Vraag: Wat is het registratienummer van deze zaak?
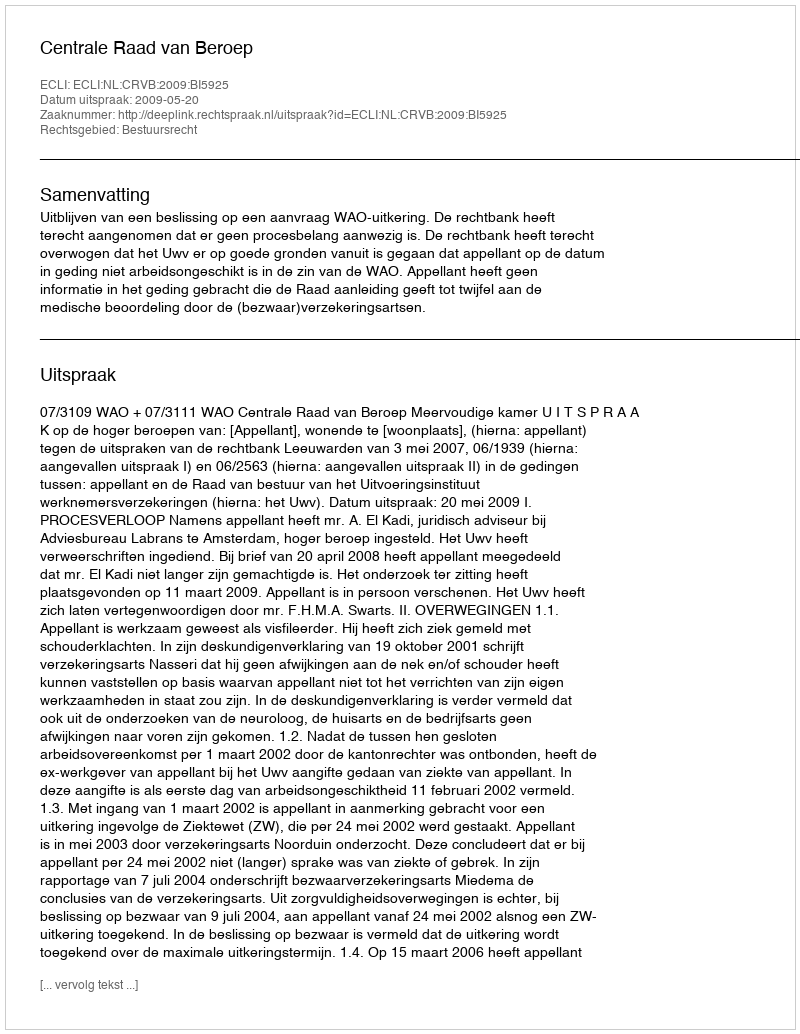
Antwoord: http://deeplink.rechtspraak.nl/uitspraak?id=ECLI:NL:CRVB:2009:BI5925